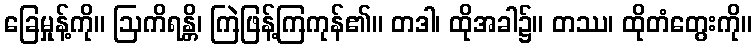
ခြေမှုန့်ကို။ ဩကိရန္တိ၊ ကြဲဖြန့်ကြကုန်၏။ တဒါ၊ ထိုအခါ၌။ တဿ၊ ထိုတံတွေးကို။